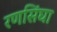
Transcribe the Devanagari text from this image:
रणसिंघा